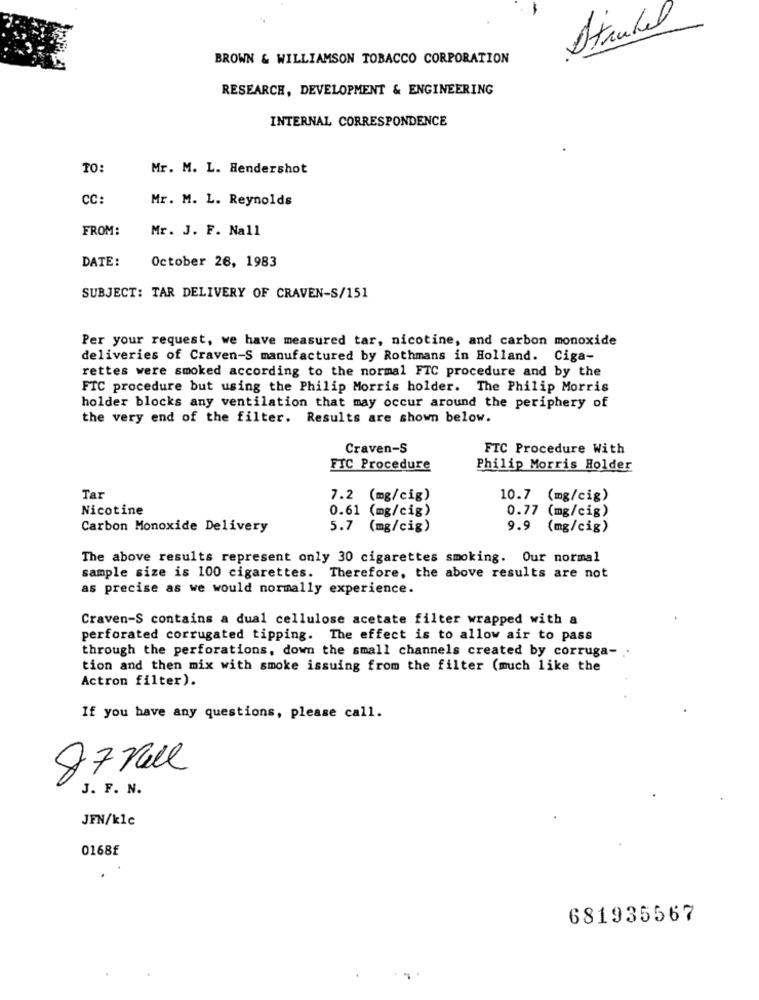
Strudel
BROWN & WILLIAMSON TOBACCO CORPORATION
RESEARCH, DEVELOPMENT & ENGINEERING
INTERNAL CORRESPONDENCE
TO:
Mr. M. L. Hendershot
CC:
Mr. M. L. Reynolds
FROM:
Mr. J. F. Nall
DATE:
October 26, 1983
SUBJECT: TAR DELIVERY OF CRAVEN-S/151
Per your request, we have measured tar, nicotine, and carbon monoxide
deliveries of Craven-S manufactured by Rothmans in Holland. Ciga-
rettes were smoked according to the normal FIC procedure and by the
FTC procedure but using the Philip Morris holder. The Philip Morris
holder blocks any ventilation that may occur around the periphery of
the very end of the filter. Results are shown below.
Craven-S
FTC Procedure With
FIC Procedure
Philip Morris Holder
Tar
7.2 (mg/cig)
10.7 (mg/cig)
Nicotine
0.61 (mg/cig)
0.77 (mg/cig)
Carbon Monoxide Delivery
5.7 (mg/cig)
9.9 (mg/cig)
The above results represent only 30 cigarettes smoking. Our normal
sample size is 100 cigarettes. Therefore, the above results are not
as precise as we would normally experience.
Craven-S contains a dual cellulose acetate filter wrapped with a
perforated corrugated tipping. The effect is to allow air to pass
through the perforations, down the small channels created by corruga- ..
tion and then mix with smoke issuing from the filter (much like the
Actron filter).
If you have any questions, please call.
87 Kell
00
J. F. N.
JEN/k1c
0168£
681935567